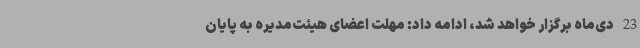
23 دی‌ماه برگزار خواهد شد، ادامه داد: مهلت اعضای هیئت‌مدیره به پایان